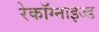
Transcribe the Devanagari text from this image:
रेकॉग्नाइज्ड